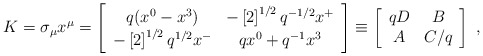
\begin{align*}K = \sigma_{\mu} x^{\mu} =\left[\begin{array}{cc}q(x^{0} - x^{3}) & -\left[2\right]^{1/2} q^{-1/2} x^{+}\\-\left[2\right]^{1/2}q^{1/2} x^{-} & q x^{0} + q^{-1} x^{3}\end{array}\right] \equiv\left[\begin{array}{cc}qD & B\\A & C/q\end{array}\right]\;,\end{align*}